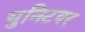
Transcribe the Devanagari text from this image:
युनिटवर